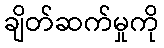
ချိတ်ဆက်မှုကို